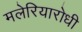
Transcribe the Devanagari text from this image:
मलेरियारोधी